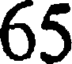
65